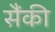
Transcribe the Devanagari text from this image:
सैंकी